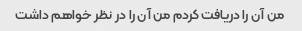
من آن را دریافت کردم من آن را در نظر خواهم داشت